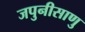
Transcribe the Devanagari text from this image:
जपुनीसाणु